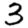
Digit: 3